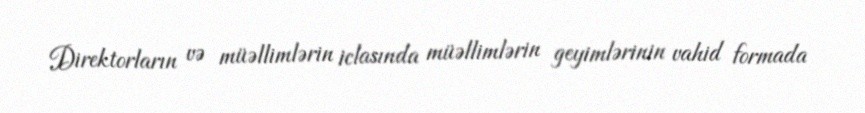
Direktorların və müəllimlərin iclasında müəllimlərin geyimlərinin vahid formada